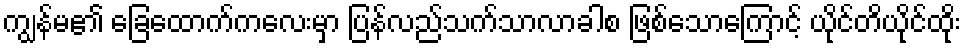
ကျွန်မ၏ ခြေထောက်ကလေးမှာ ပြန်လည်သက်သာလာခါစ ဖြစ်သောကြောင့် ယိုင်တိယိုင်ထိုး